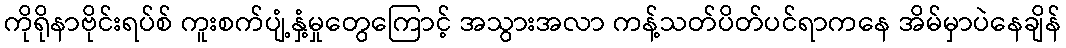
ကိုရိုနာဗိုင်းရပ်စ် ကူးစက်ပျံ့နှံ့မှုတွေကြောင့် အသွားအလာ ကန့်သတ်ပိတ်ပင်ရာကနေ အိမ်မှာပဲနေချိန်